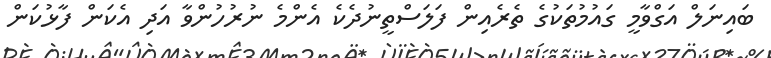
ބައިނަލް އަގްވާމީ ގައުމުތަކުގެ ތެރެއިން ފަލަސްތީނުދެކެ އެންމެ ނުރުހުންވާ އަދި އެކަން ފާޅުކަން